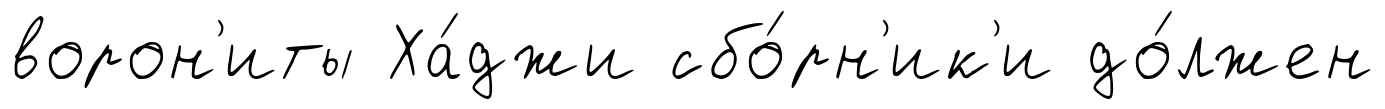
ворон'иты Ха́джи сбо́рн'ик'и до́лжен